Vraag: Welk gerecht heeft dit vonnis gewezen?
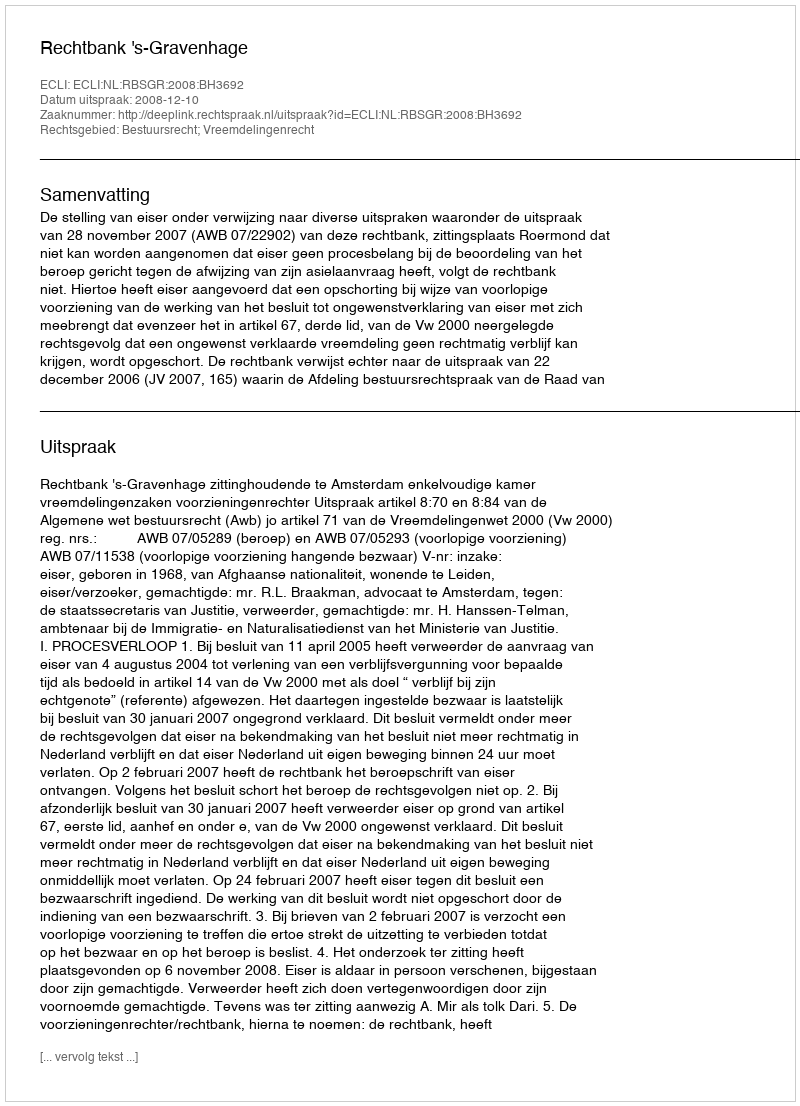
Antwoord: Rechtbank 's-Gravenhage